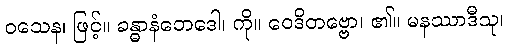
ဝသေန၊ ဖြင့်။ ခန္ဓာနံဘေဒေါ၊ ကို။ ဝေဒိတဗ္ဗော၊ ၏။ မနဿာဒီသု၊